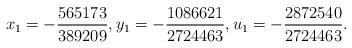
\begin{align*}x_1=-\frac{565173}{389209},y_1=-\frac{1086621}{2724463},u_1=-\frac{2872540}{2724463}.\end{align*}